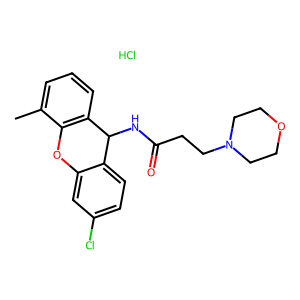
SMILES: Cc1cccc2c1Oc1cc(Cl)ccc1C2NC(=O)CCN1CCOCC1.Cl
Inhibits HIV replication: No